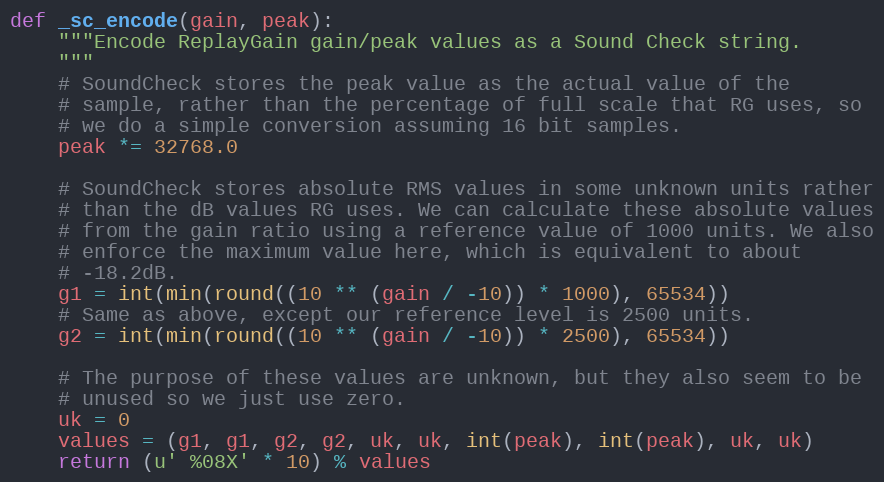
Language: Python
def _sc_encode(gain, peak):
    """Encode ReplayGain gain/peak values as a Sound Check string.
    """
    # SoundCheck stores the peak value as the actual value of the
    # sample, rather than the percentage of full scale that RG uses, so
    # we do a simple conversion assuming 16 bit samples.
    peak *= 32768.0

    # SoundCheck stores absolute RMS values in some unknown units rather
    # than the dB values RG uses. We can calculate these absolute values
    # from the gain ratio using a reference value of 1000 units. We also
    # enforce the maximum value here, which is equivalent to about
    # -18.2dB.
    g1 = int(min(round((10 ** (gain / -10)) * 1000), 65534))
    # Same as above, except our reference level is 2500 units.
    g2 = int(min(round((10 ** (gain / -10)) * 2500), 65534))

    # The purpose of these values are unknown, but they also seem to be
    # unused so we just use zero.
    uk = 0
    values = (g1, g1, g2, g2, uk, uk, int(peak), int(peak), uk, uk)
    return (u' %08X' * 10) % values